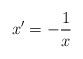
LaTeX: \begin{align*}x'=-\frac{1}{x}\end{align*}